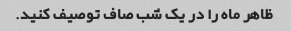
ظاهر ماه را در یک شب صاف توصیف کنید.